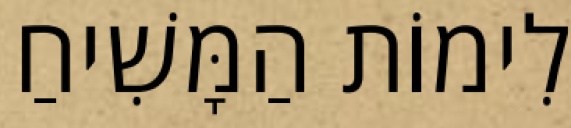
לִימוֹת הַמָּשִׁיחַ